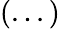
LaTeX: (...)